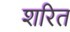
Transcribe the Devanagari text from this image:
शरित